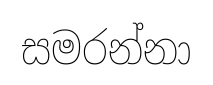
සමරන්නා